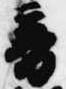
音